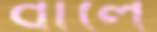
বালৈ